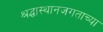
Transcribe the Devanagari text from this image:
श्रद्धास्थानजगताच्या